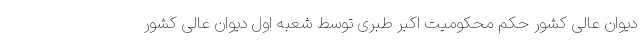
دیوان عالی کشور حکم محکومیت اکبر طبری توسط شعبه اول دیوان عالی کشور